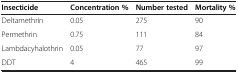
<table><thead><tr><td><b>Insecticide</b></td><td><b>Concentration %</b></td><td><b>Number tested</b></td><td><b>Mortality %</b></td></tr></thead><tbody><tr><td>Deltamethrin</td><td>0.05</td><td>275</td><td>90</td></tr><tr><td>Permethrin</td><td>0.75</td><td>111</td><td>84</td></tr><tr><td>Lambdacyhalothrin</td><td>0.05</td><td>77</td><td>97</td></tr><tr><td>DDT</td><td>4</td><td>465</td><td>99</td></tr></tbody></table>